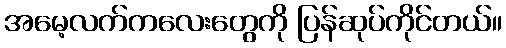
အမေ့လက်ကလေးတွေကို ပြန်ဆုပ်ကိုင်တယ်။